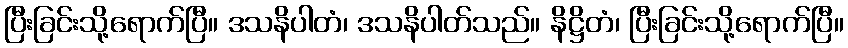
ပြီးခြင်းသို့ရောက်ပြီ။ ဒသနိပါတံ၊ ဒသနိပါတ်သည်။ နိဋ္ဌိတံ၊ ပြီးခြင်းသို့ရောက်ပြီ။